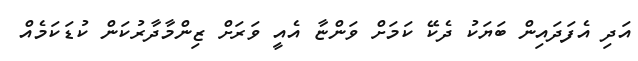
އަދި އެފަދައިން ބަޔަކު ދެކޭ ކަމަށް ވަންޏާ އެއީ ވަރަށް ޒިންމާދާރުކަން ކުޑަކަމެއް